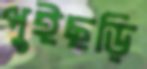
পুইছড়ি